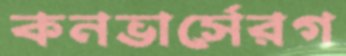
কনভার্সেরগ